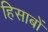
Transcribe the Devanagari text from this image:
हिसाबों